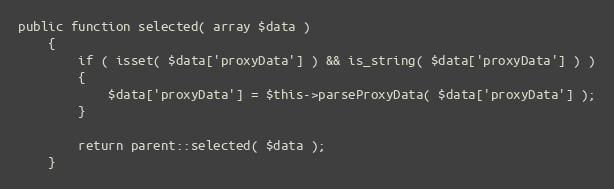
Language: PHP
public function selected( array $data )
    {
        if ( isset( $data['proxyData'] ) && is_string( $data['proxyData'] ) )
        {
            $data['proxyData'] = $this->parseProxyData( $data['proxyData'] );
        }

        return parent::selected( $data );
    }